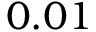
0 . 0 1